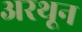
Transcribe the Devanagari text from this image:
अरथून